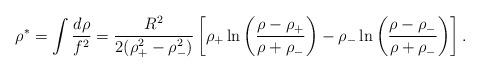
LaTeX: \begin{align*}\rho^* = \int { d \rho \over f^2 } = { R^2 \over 2 (\rho_+^2 - \rho_-^2)} \left [ \rho_+ \ln \left ( {{\rho -\rho_+} \over {\rho +\rho_-}} \right ) - \rho_- \ln \left ( {{\rho -\rho_-} \over {\rho+ \rho_-}} \right ) \right ].\end{align*}